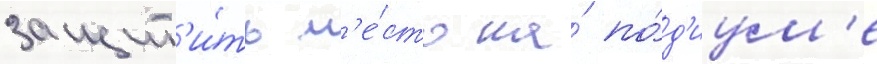
защит'и́ть м'е́сто на́ по́д'иум'е